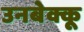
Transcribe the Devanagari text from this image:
उनबेक्कू